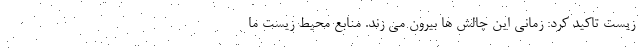
زیست تاکید کرد: زمانی این چالش ها بیرون می زند. منابع محیط زیست ما